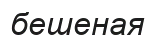
бешеная